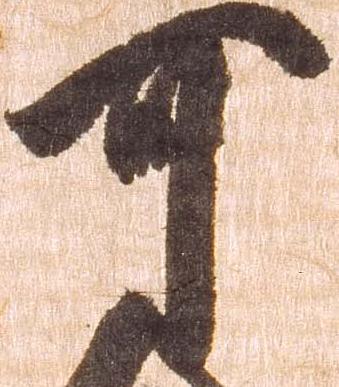
可